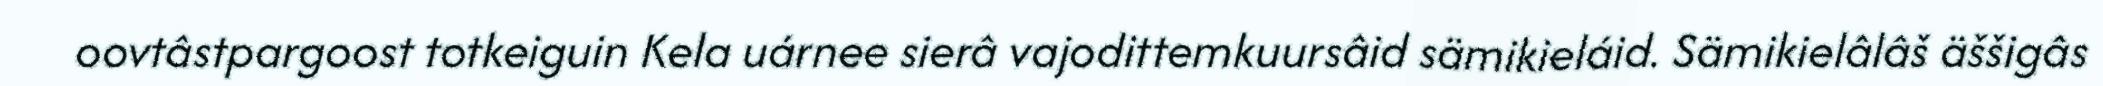
oovtâstpargoost totkeiguin Kela uárnee sierâ vajodittemkuursâid sämikieláid. Sämikielâlâš äššigâs